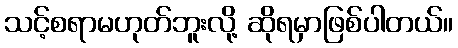
သင့်စရာမဟုတ်ဘူးလို့ ဆိုရမှာဖြစ်ပါတယ်။